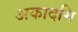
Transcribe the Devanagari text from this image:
अकादमि